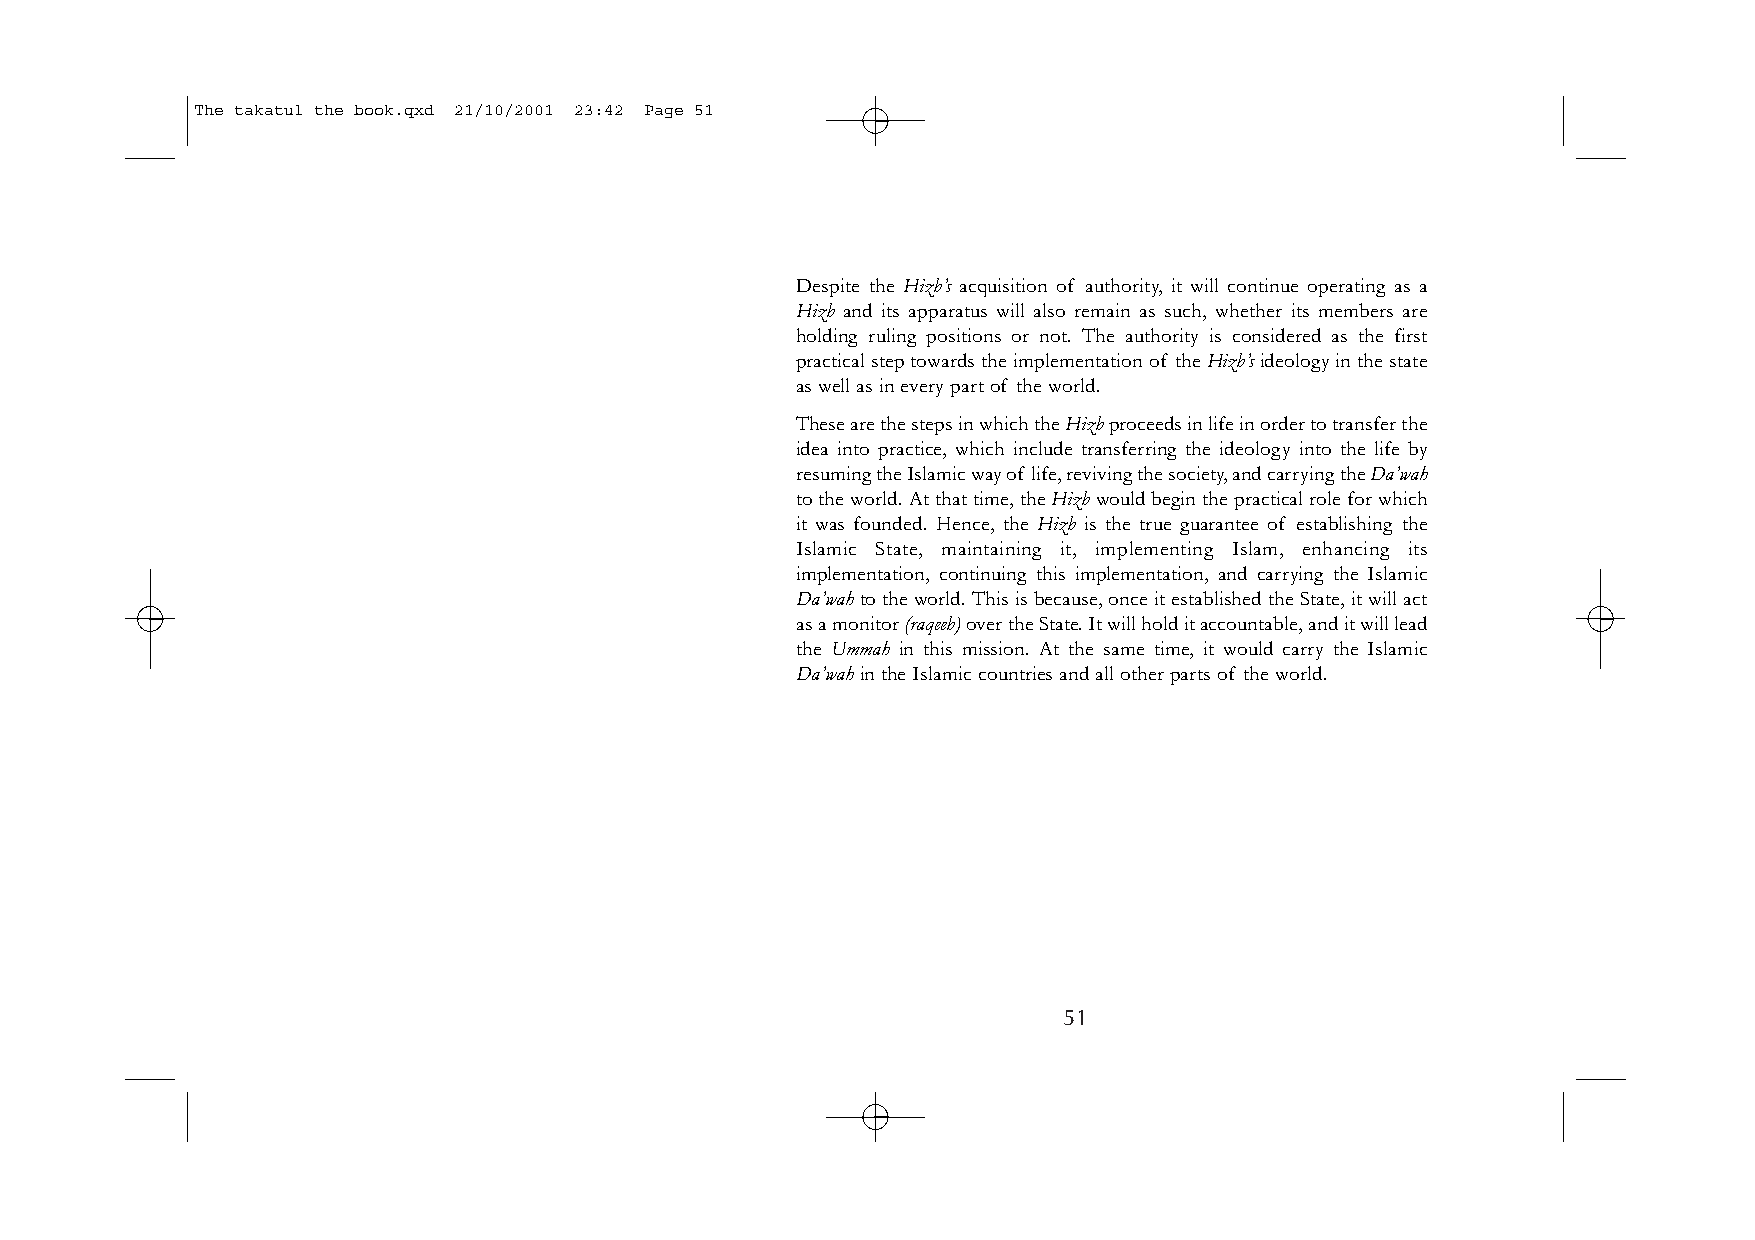
The takatul the book.qxd 21/10/2001 23:42 Page 51
 Despite the Hizb’s acquisition of authority, it will continue operating as a
 Hizb and its apparatus will also remain as such, whether its members are
 holding ruling positions or not. The authority is considered as the first
 practical step towards the implementation of the Hizb’sideology in the state
 as well as in every part of the world.
 These are the steps in which the Hizbproceeds in life in order to transfer the
 idea into practice, which include transferring the ideology into the life by
 resuming the Islamic way of life,reviving the society,and carrying the Da’wah
 to the world.At that time,the Hizbwould begin the practical role for which
 it was founded. Hence, the Hizb is the true guarantee of establishing the
 Islamic State, maintaining it, implementing Islam, enhancing its
 implementation, continuing this implementation, and carrying the Islamic
 Da’wahto the world.This is because,once it established the State,it will act
 as a monitor (raqeeb) over the State.It will hold it accountable,and it will lead
 the Ummah in this mission. At the same time, it would carry the Islamic
 Da’wahin the Islamic countries and all other parts of the world.
 51